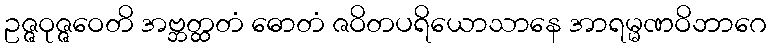
ဥဇ္ဇဝုဇ္ဇဝေတိ အဗ္ဘတ္ထတံ ဓောတံ ဇဝိတပရိယောသာနေ အာရမ္မဏဝိဘာဂေ